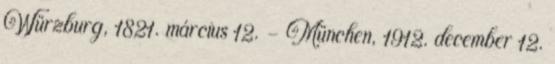
Würzburg, 1821. március 12. – München, 1912. december 12.